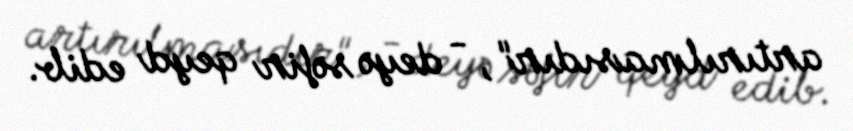
artırılmasıdır", - deyə səfir qeyd edib.